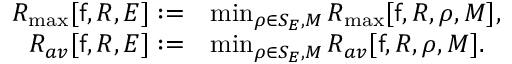
\begin{array} { r l } { { \cal R } _ { \operatorname* { m a x } } [ \mathsf { f } , R , E ] : = } & { \operatorname* { m i n } _ { \rho \in { \cal S } _ { E } , { \cal M } } { \cal R } _ { \operatorname* { m a x } } [ \mathsf { f } , R , \rho , { \cal M } ] , } \\ { { \cal R } _ { a v } [ \mathsf { f } , R , E ] : = } & { \operatorname* { m i n } _ { \rho \in { \cal S } _ { E } , { \cal M } } { \cal R } _ { a v } [ \mathsf { f } , R , \rho , { \cal M } ] . } \end{array}